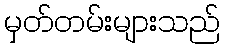
မှတ်တမ်းများသည်